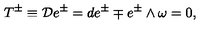
T ^ { \pm } \equiv { \cal D } e ^ { \pm } = d e ^ { \pm } \mp e ^ { \pm } \wedge \omega = 0 ,